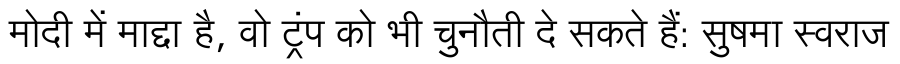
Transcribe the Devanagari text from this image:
मोदी में माद्दा है, वो ट्रंप को भी चुनौती दे सकते हैं: सुषमा स्वराज